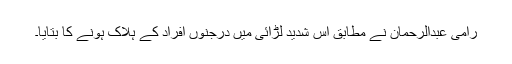
رامی عبدالرحمان نے مطابق اس شدید لڑائی میں درجنوں افراد کے ہلاک ہونے کا بتایا۔